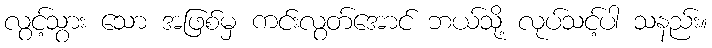
လွင့်သွား သော အဖြစ်မှ ကင်းလွတ်အောင် ဘယ်သို့ လုပ်သင့်ပါ သနည်း။